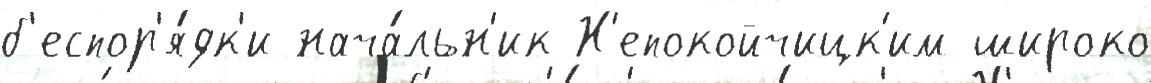
б'еспор'я́дк'и нача́льн'ик Н'епокойчицк'им широко